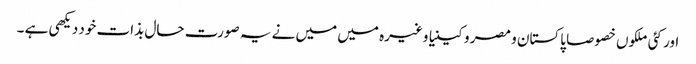
اور کئی ملکوں خصوصا پاکستان و مصر و کینیا وغیرہ میں میں نے یہ صورت حال بذات خود دیکھی ہے ۔